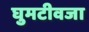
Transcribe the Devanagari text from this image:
घुमटीवजा